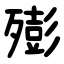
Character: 㱶